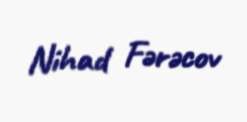
Nihad Fərəcov